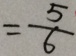
= \frac { 5 } { 6 }